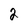
Character: 2